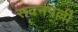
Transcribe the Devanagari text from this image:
सदनपल्ली